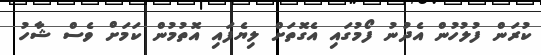
ކުރަން ފުލުހުން އެދުނު ފޯމުގައި އެގޮތަށް ލިޔެފައި އޮތުމުން ކަމަށް ވެސް ޝާހު